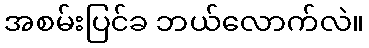
အစမ်းပြင်ခ ဘယ်လောက်လဲ။